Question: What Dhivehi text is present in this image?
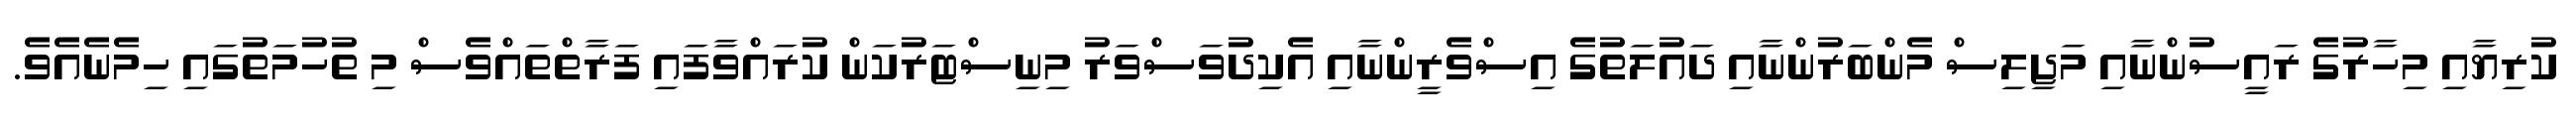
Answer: ކުރިޔާއި މިހާރުގެ ރައީސުންނާއި މަޖިލިސް މެންބަރުންނާއި ދައުލަތުގެ އިސްވެރީންނާއި އެކިދުވަސްވަރު މިނިސްޓަރުކަން ކުރައްވާފައި ފަރާތްތައްވެސް މި ތުހުމަތުގައި ހިމެނެއެވެ.